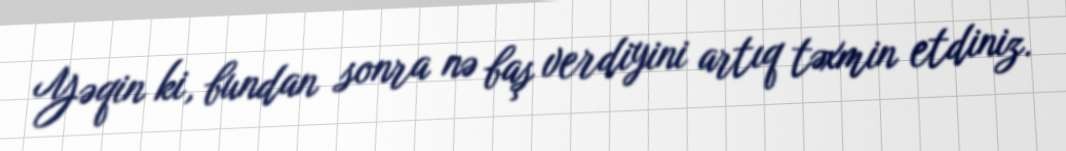
Yəqin ki, bundan sonra nə baş verdiyini artıq təxmin etdiniz.